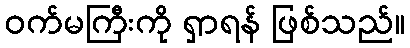
ဝက်မကြီးကို ရှာရန် ဖြစ်သည်။